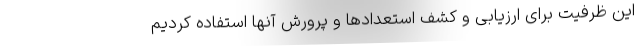
این ظرفیت برای ارزیابی و کشف استعدادها و پرورش آنها استفاده کردیم